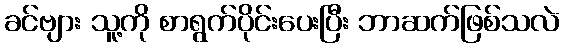
ခင်ဗျား သူ့ကို စာရွက်ပိုင်းပေးပြီး ဘာဆက်ဖြစ်သလဲ